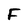
Character: F